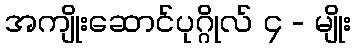
အကျိုးဆောင်ပုဂ္ဂိုလ် ၄ - မျိုး